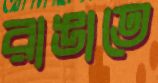
রাঙাতে